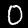
Digit: 0